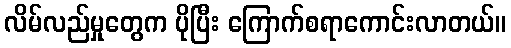
လိမ်လည်မှုတွေက ပိုပြီး ကြောက်စရာကောင်းလာတယ်။